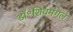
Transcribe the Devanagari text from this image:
डॉ॰शिवमंगल